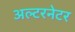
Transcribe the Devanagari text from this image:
अल्‍टरनेटर